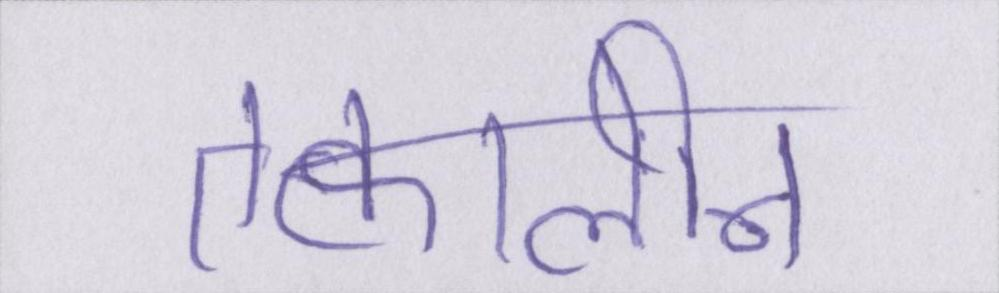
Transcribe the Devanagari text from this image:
तत्कालीन